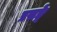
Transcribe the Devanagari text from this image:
प्रसङ्गे